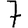
Digit: 7